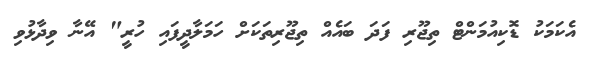
އެކަމަކު ޑޮކިއުމަންޓް ތިޖޫރި ފަދަ ބައެއް ތިޖޫރިތަކަށް ހަމަލާދީފައި ހުރީ" އޭނާ ވިދާޅުވި